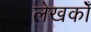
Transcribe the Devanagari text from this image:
लेखकोँ